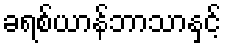
ခရစ်ယာန်ဘာသာနှင့်